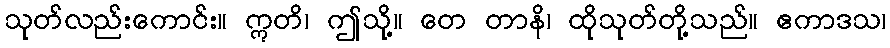
သုတ်လည်းကောင်း။ ဣတိ၊ ဤသို့။ တေ တာနိ၊ ထိုသုတ်တို့သည်။ ဧကာဒသ၊